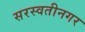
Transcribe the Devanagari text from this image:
सरस्वतीनगर